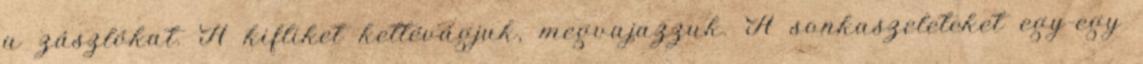
a zászlókat. A kifliket kettévágjuk, megvajazzuk. A sonkaszeleteket egy-egy